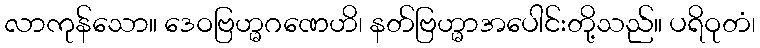
လာကုန်သော။ ဒေဝဗြဟ္မဂဏေဟိ၊ နတ်ဗြဟ္မာအပေါင်းတို့သည်။ ပရိဝုတံ၊